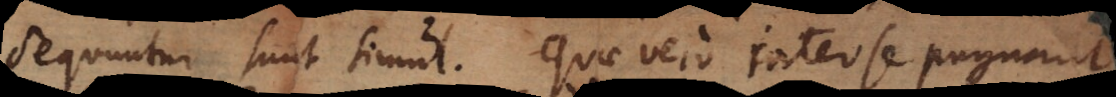
sequuntur sunt simul. Quae vero inter se pugnant